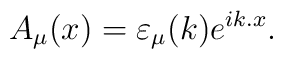
A_\mu(x) = \varepsilon_\mu (k) e^{ik.x}.